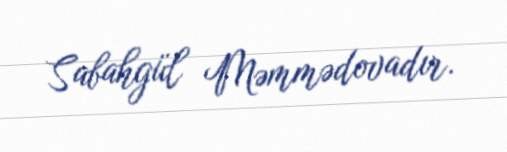
Sabahgül Məmmədovadır.